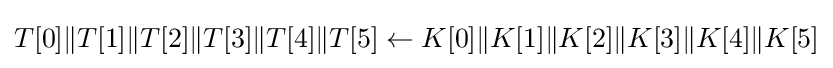
T[0]\|T[1]\|T[2]\|T[3]\|T[4]\|T[5]\leftarrow K[0]\|K[1]\|K[2]\|K[3]\|K[4]\|K[5]